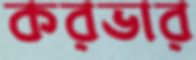
করভার